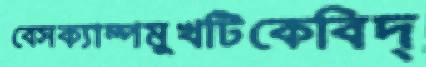
বেসক্যাম্পমুখটিকেবিদ্